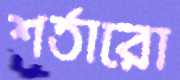
শর্তারো